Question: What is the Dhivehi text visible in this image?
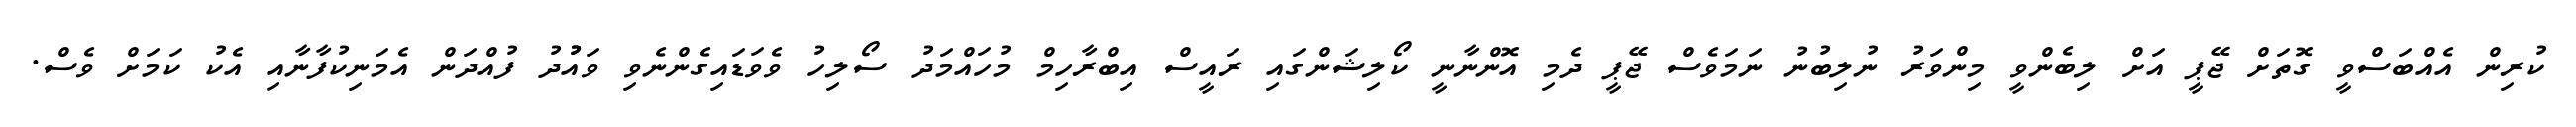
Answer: ކުރިން އެއްބަސްވީ ގޮތަށް ޖޭޕީ އަށް ލިބެންވީ މިންވަރު ނުލިބުނު ނަމަވެސް ޖޭޕީ ދެމި އޮންނާނީ ކޯލިޝަންގައި ރައީސް އިބްރާހިމް މުހައްމަދު ސޯލިހު ވެވަޑައިގެންނެވި ވައުުދު ފުއްދަން އެމަނިކުފާނާއި އެކު ކަމަށް ވެސް.